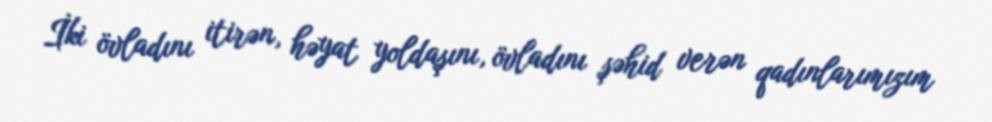
İki övladını itirən, həyat yoldaşını, övladını şəhid verən qadınlarımızım